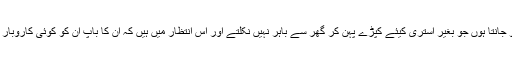
میں بہت سارے ایسے نوجوانوں کو جانتا ہوں جو بغیر استری کیئے کپڑے پہن کر گھر سے باہر نہیں نکلتے اور اس انتظار میں ہیں کہ ان کا باپ ان کو کوئی کاروبار سیٹ کر کے دے تو وہ کچھ کریں۔